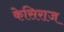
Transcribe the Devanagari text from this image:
केसिराज